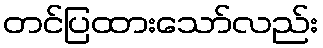
တင်ပြထားသော်လည်း